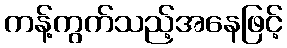
ကန့်ကွက်သည့်အနေဖြင့်